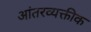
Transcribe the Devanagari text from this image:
आंतरव्यक्तीक